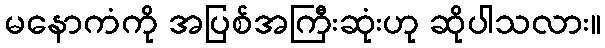
မနောကံကို အပြစ်အကြီးဆုံးဟု ဆိုပါသလား။